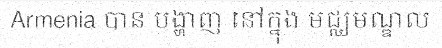
Armenia បាន បង្ហាញ នៅក្នុង មជ្ឈមណ្ឌល